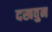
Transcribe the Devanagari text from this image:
दखवुन